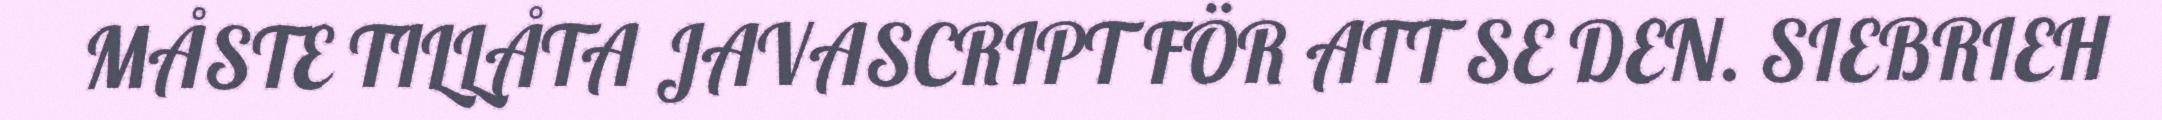
MÅSTE TILLÅTA JAVASCRIPT FÖR ATT SE DEN. SIEBRIEH